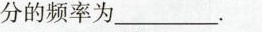
分的频率为____。